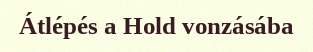
Átlépés a Hold vonzásába